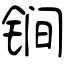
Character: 锏